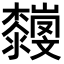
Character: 𣠴